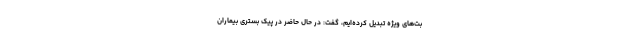
بت‌های ویژه تبدیل کرده‌ایم، گفت: در حال حاضر در پیک بستری بیماران